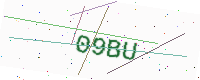
Text: 09BU